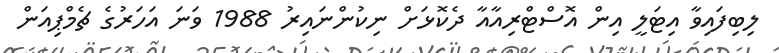
ލިބިފައިވާ އިޓަލީ އިން އޮސްޓްރިއާއާ ދެކޮޅަށް ނިކުންނައިރު 1988 ވަނަ އަހަރުގެ ޗެމްޕިއަން